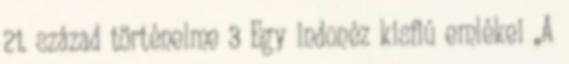
21. század történelme 3 Egy indonéz kisfiú emlékei „A